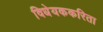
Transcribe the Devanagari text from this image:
विधेयककरिता